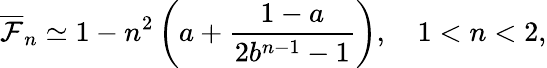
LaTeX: \overline{{\mathcal{F}}}_{n}\simeq 1-n^{2}\left(a+\frac{1-a}{2b^{n-1}-1}\right),\quad 1<n<2,